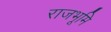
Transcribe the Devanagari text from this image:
राजभूमि